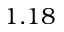
1 . 1 8